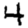
Digit: 4